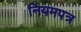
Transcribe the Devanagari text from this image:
नियमपत्र